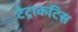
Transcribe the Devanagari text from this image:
टेट्राकटिस